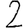
Digit: 2